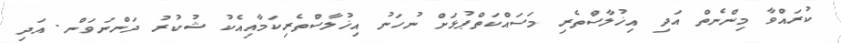
ކުރައްވާ މިންނެތް އަދި އިޚުލާސްތެރި މަސައްކަތްޕުޅަށް ނުހަނު އިޚުލާސްތެރިކަމާއިއެކު ޝުކުރު ދަންނަވަން. އަދި